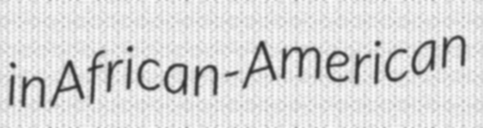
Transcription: in African-American